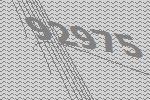
92975